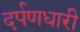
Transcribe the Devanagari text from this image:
दर्पणधारी